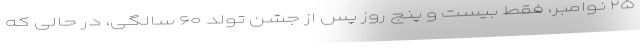
۲۵ نوامبر، فقط بیست و پنج روز پس از جشن تولد ۶۰ سالگی، در حالی که